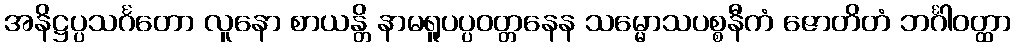
အနိဋ္ဌပ္ပသင်္ဂတော လူနော စာယန္တိ နာမရူပပ္ပဝတ္တနေန သမ္မောသပစ္စနီကံ ဇောတိတံ ဘင်္ဂါဝတ္ထာ